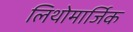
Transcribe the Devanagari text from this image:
लिथोमार्जिक